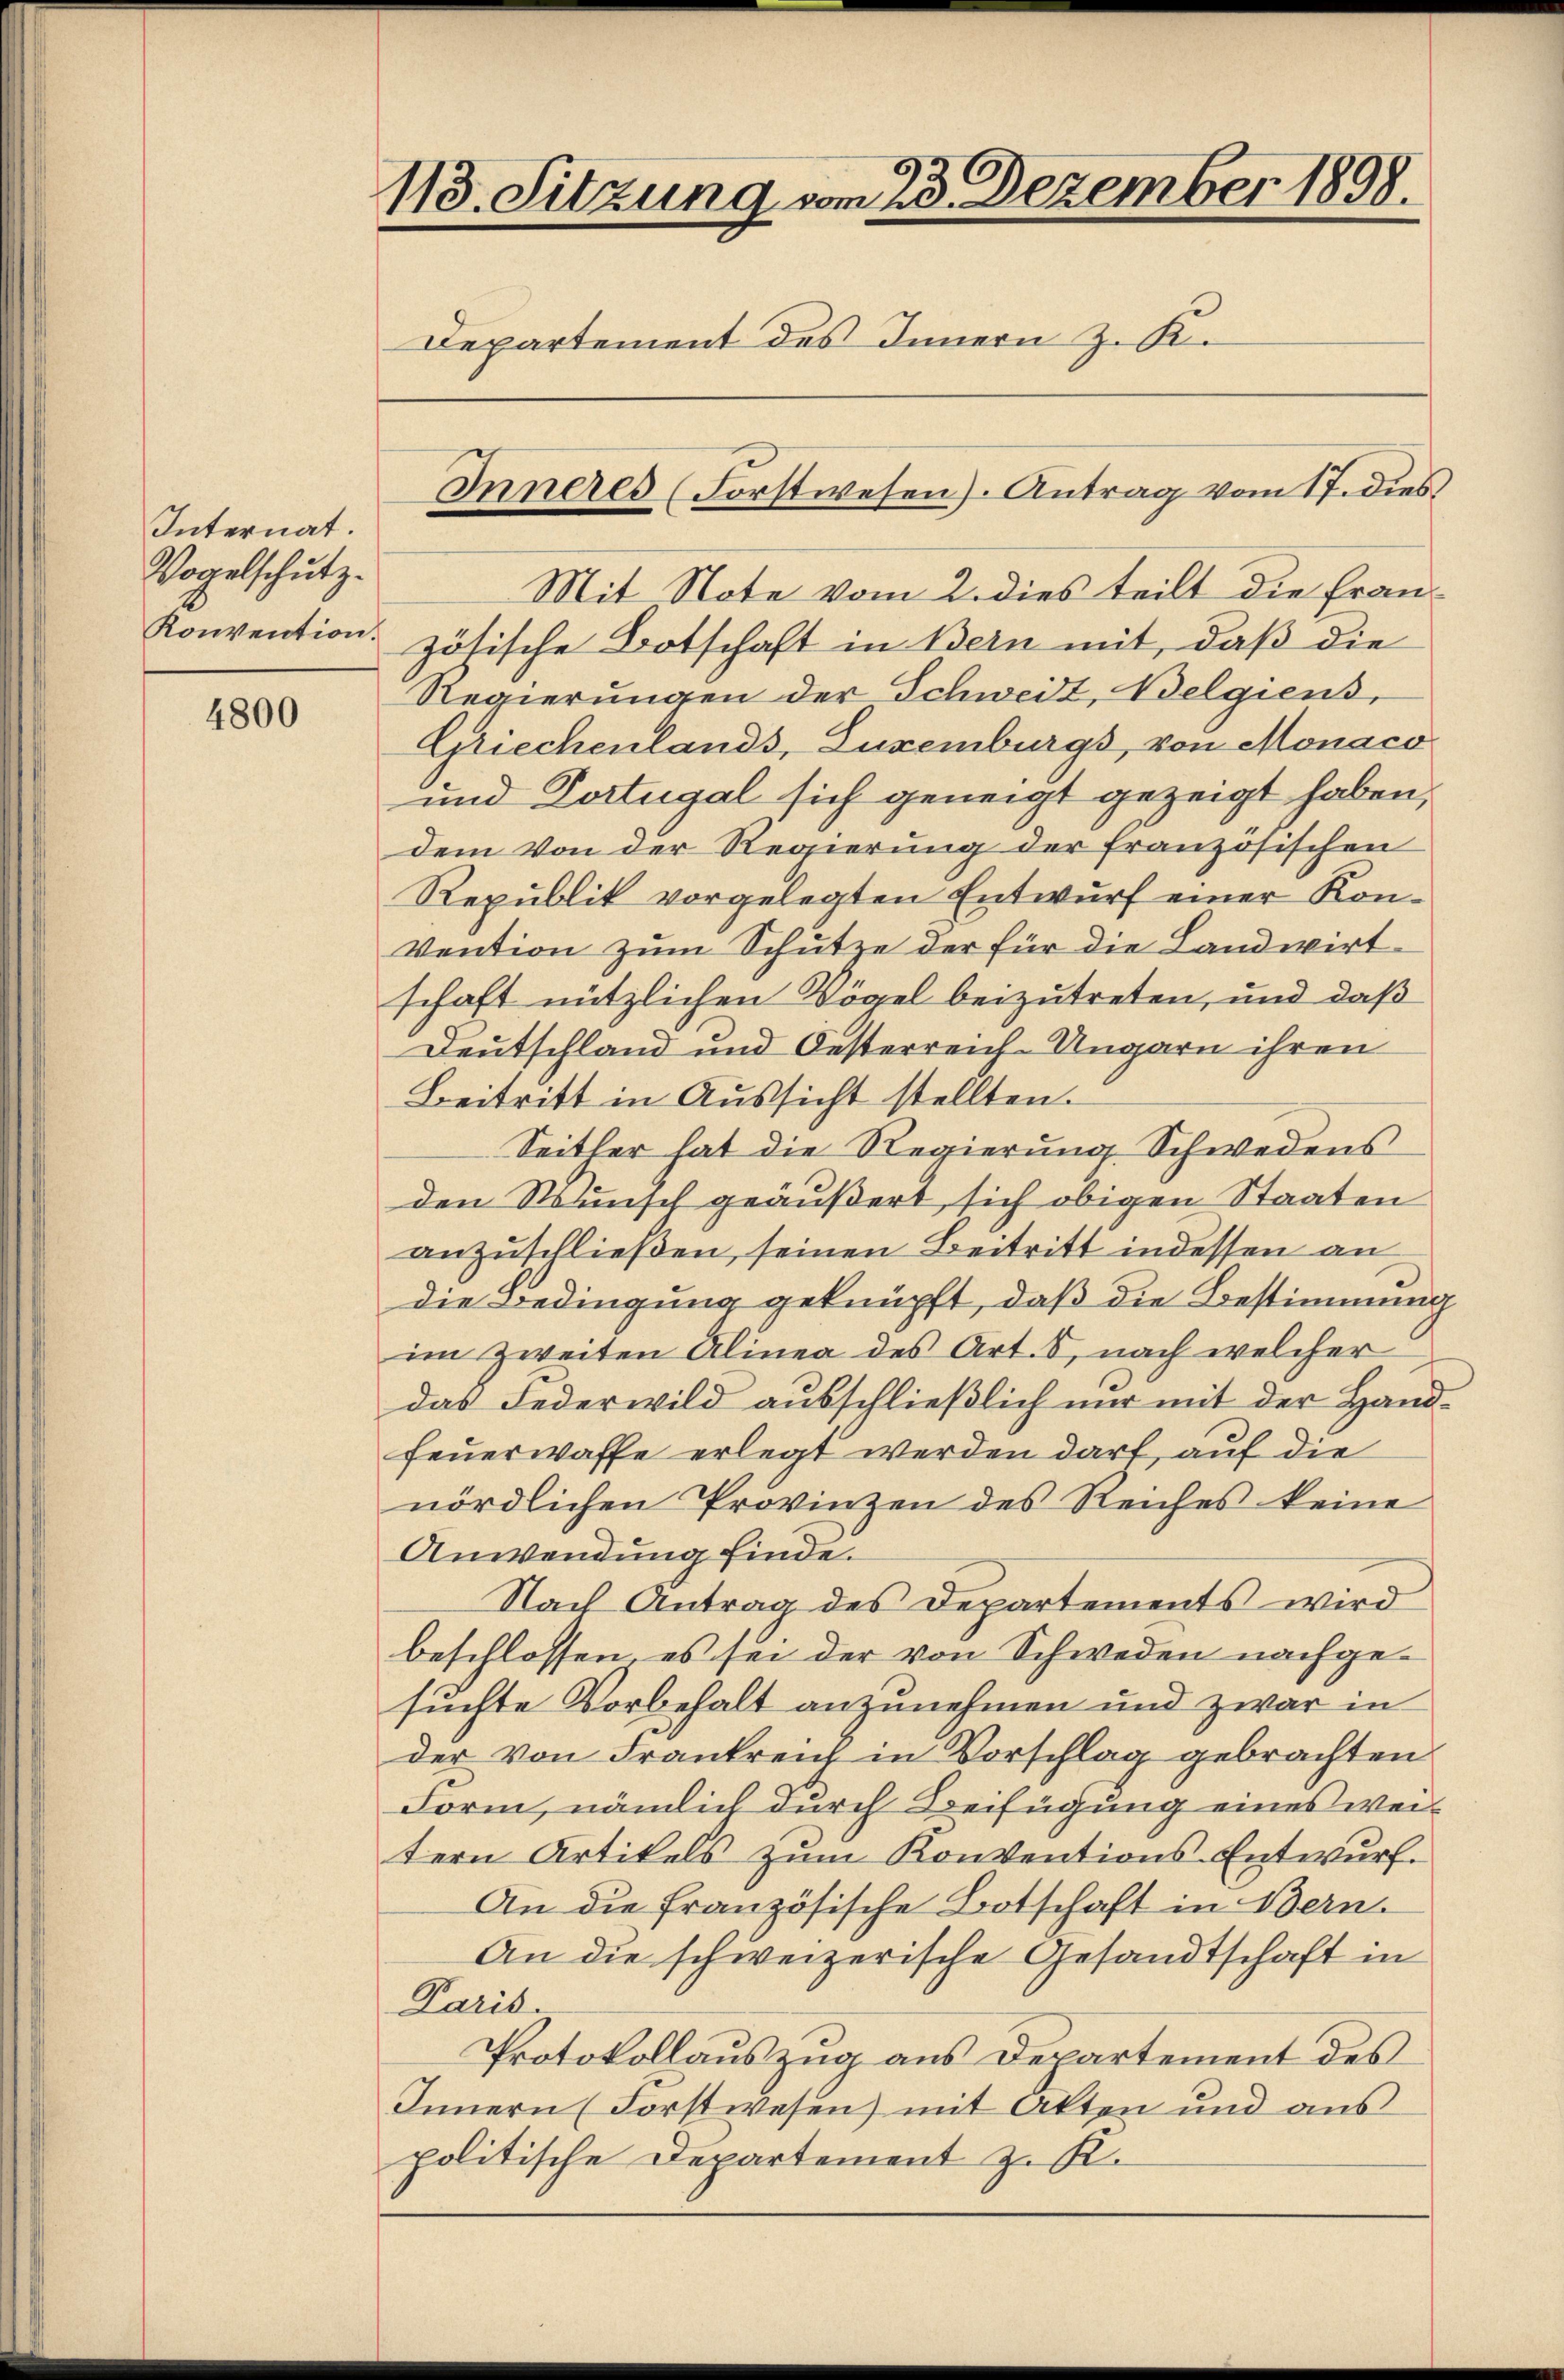
Internat.
Vogelschutz.
Konvention.

4800

118. Sitzung vom 23. Dezember 1898.
Departement des Innern z. K.

Mit Note vom 2. dies teilt die Französische Botschaft in Bern mit, daß die
Regierungen der Schweiz, Belgiens,
Griechenlands, Luxenburgs, von Monaco
und Dortugal sich geneigt gezeigt haben,
dem von der Regierung der französischen
Republik vorgelegten Entwurf einer Kon¬
Vention zum Schutze der für die Landwirt
schaft nützlichen Vögel beizutreten, und daß
Deutschland und Oesterreich-Ungarn ihren
Beitritt in Aussicht stellten.
Seither hat die Regierung Schwedens
den Wunsch geäußert, sich obigen Staaten
anzuschließen, seinen Beitritt indessen an
die Bedingung geknüpft, daß die Bestimmung
im zweiten Alinea des Art. 8, nach welcher
das Federwild ausschließlich nur mit der Handfeuerwaffe erlegt werden darf, auf die
nördlichen Provinzen des Reiches keine
Anwendung finde.
Nach Antrag des Departements wird
beschlossen, es sei der von Schweden nachgesuchte Vorbehalt anzunehmen und zwar in
der von Frankreich in Vorschlag gebrachten
Form, nämlich durch Beifügung eines weitern Artikels zum Konventions-Entwurf.
An die französische Botschaft in Bern.
An die schweizerische Gesandtschaft in
Paris.
Protokollauszug aus Departement des
Innern (Forstwesen mit Akten und aus
politische Departement z. K.

Inneres (Forstwesen). Antrag vom 17. dies